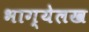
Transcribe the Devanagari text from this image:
भाग्येलख